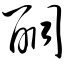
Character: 酮